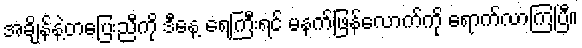
အချိန်နဲ့တပြေးညီကို ဒီနေ့ ရေကြီးရင် မနက်ဖြန်လောက်ကို ရောက်လာကြပြီ။